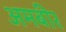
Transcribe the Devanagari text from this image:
अमबीर